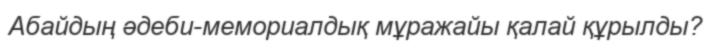
Абайдың әдеби-мемориалдық мұражайы қалай құрылды?